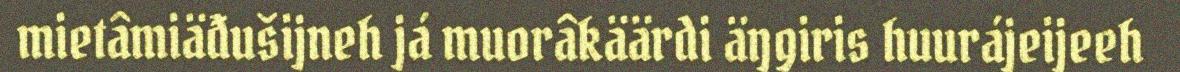
mietâmiäđušijneh já muorâkäärdi äŋgiris huurájeijeeh